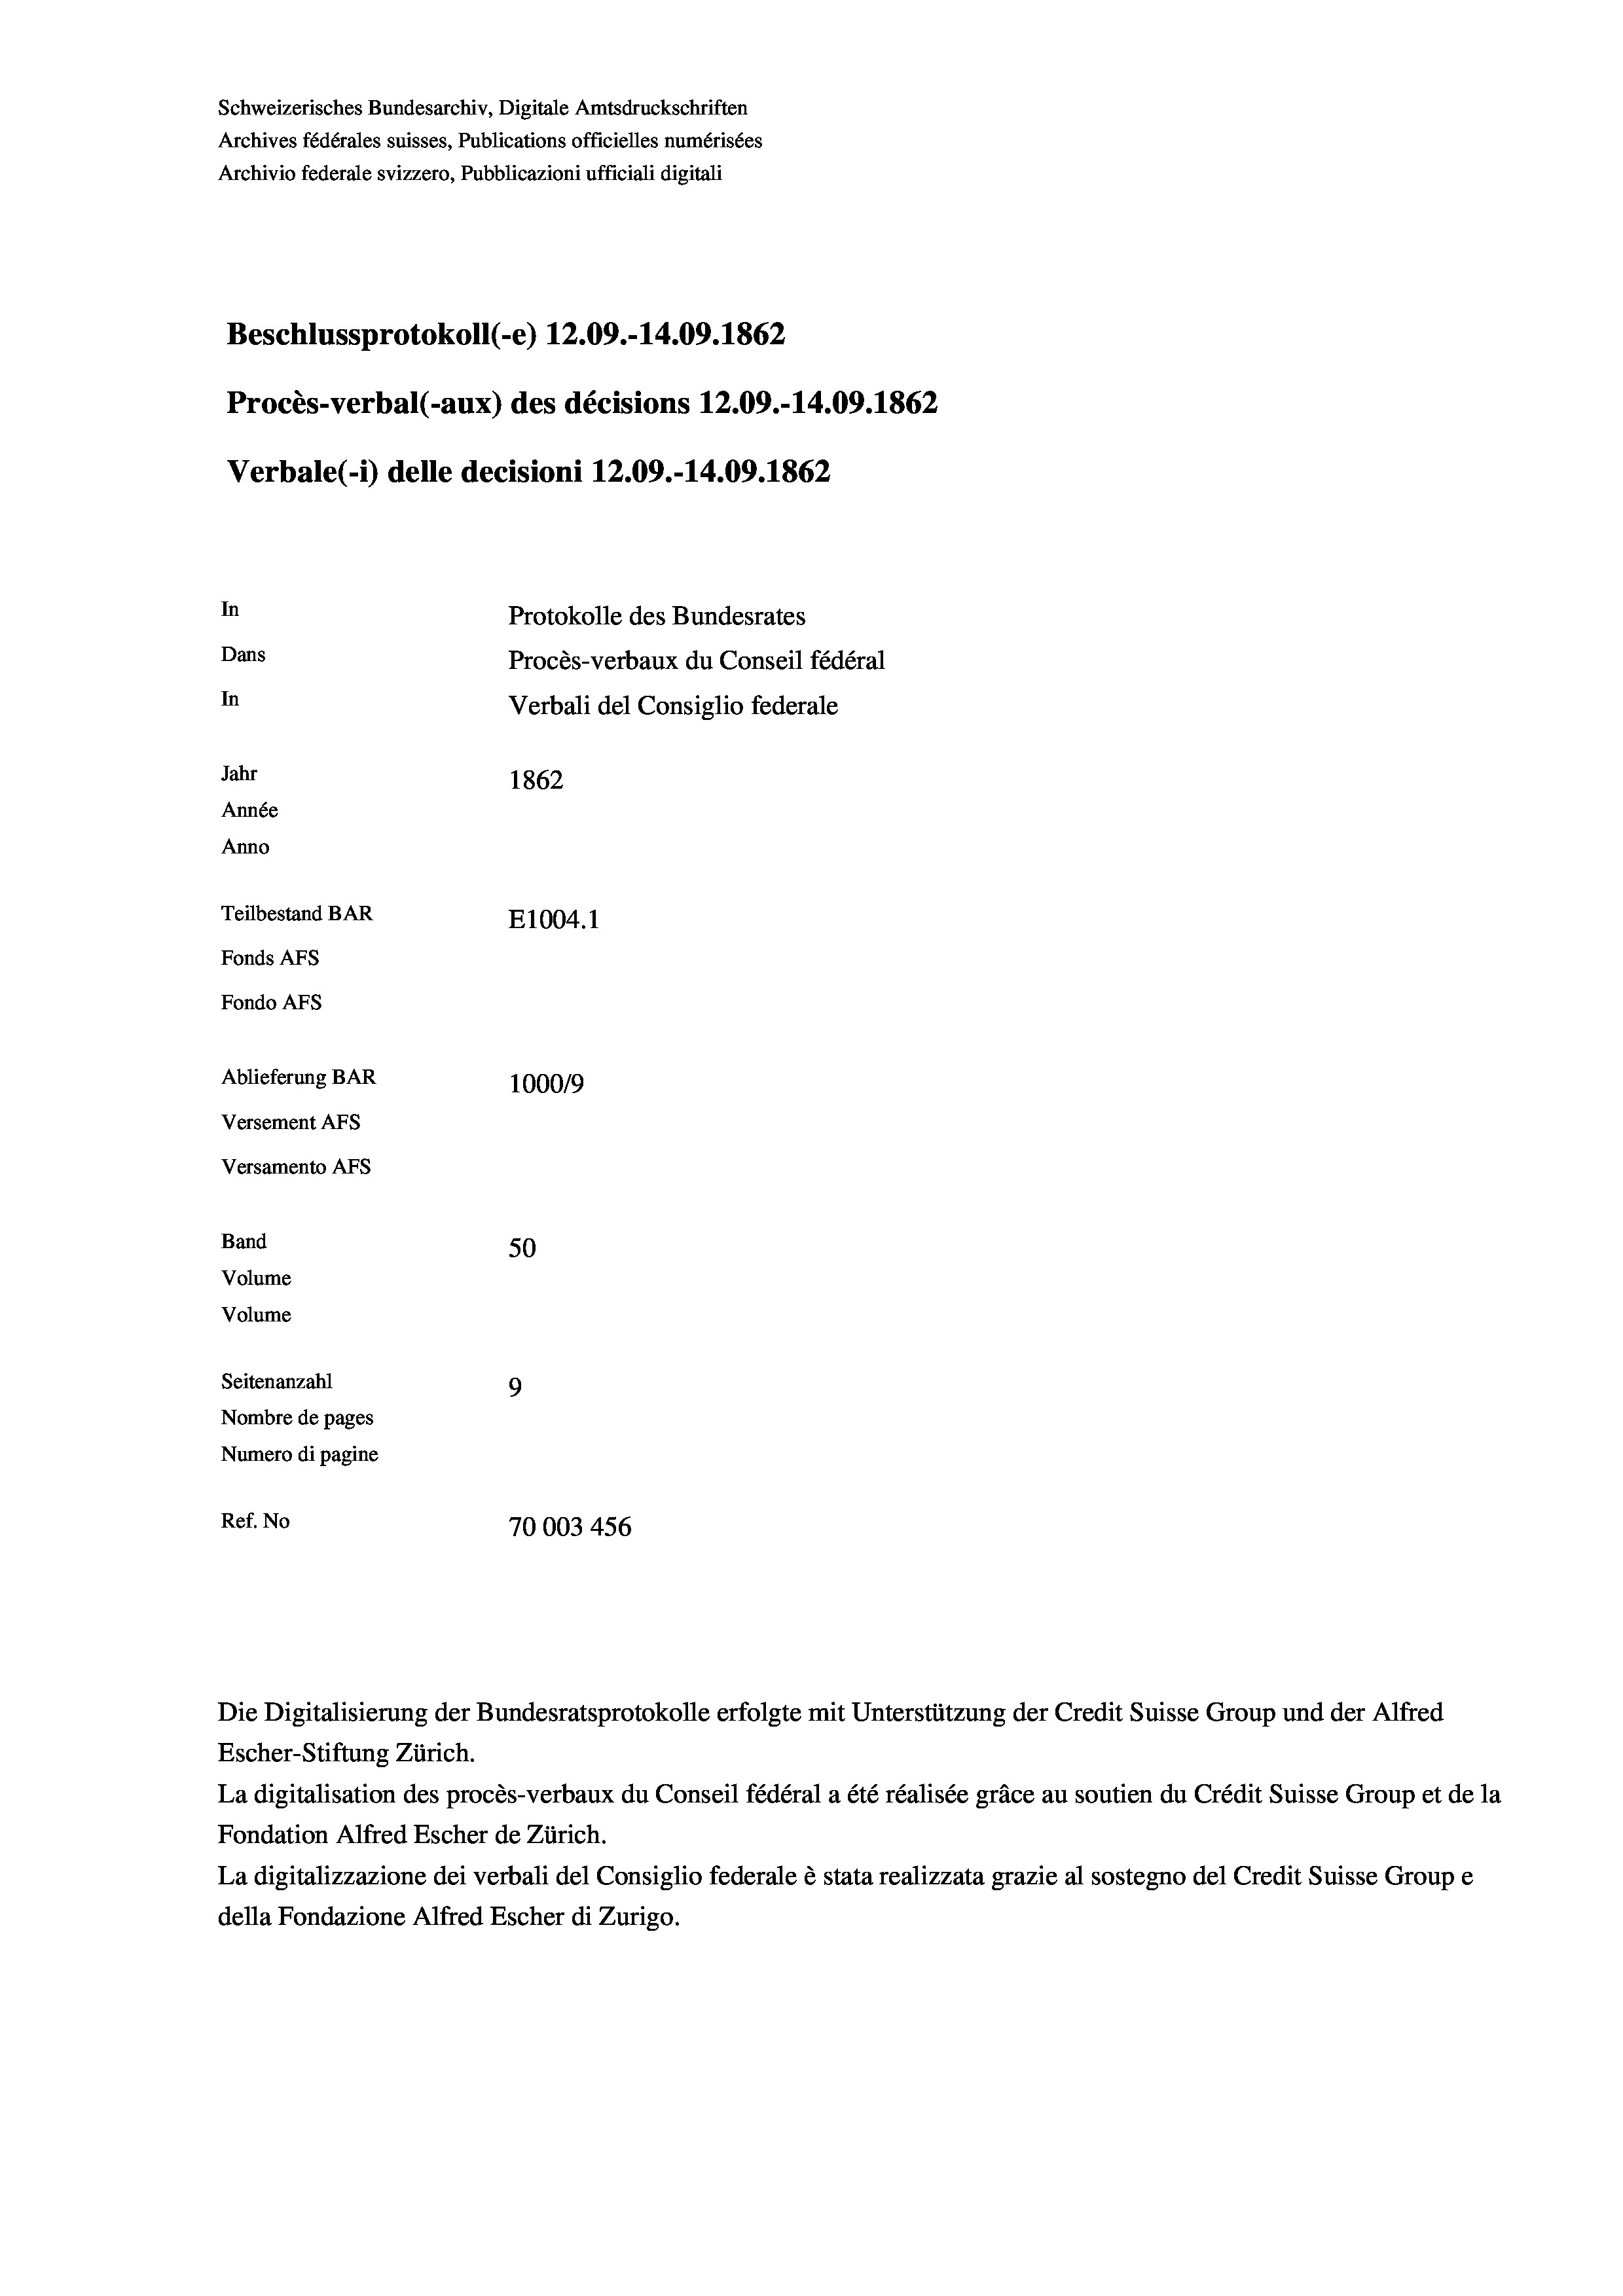
Schweizerisches Bundesarchiv, Digitale Amtsdruckschriften
Archives fédérales suisses, Publications officielles numérisées
Archivio federale svizzero, Pubblicazioni ufficiali digitali
Beschlussprotokoll (-e) 12.09.-14.09. 1862
Procès-verbal (-aux) des décisions 12.09.-14.09. 1862
Verbale (- 1) delle decisioni 12.09.-14.09. 1862
In
Protokolle des Bundesrates
Dans
Procès-verbaux du Conseil fédéral
In
Verbali del Consiglio federale
Jahr
1862
Année
Anno
Teilbestand BAR
E1004.1
Fonds AFs
Fondo AFS
Ablieferung BAR
100019
Versement As
Versamento Afs
Band
50
Volume
Volume

9
Nombre de pages
Numero di pagine
Ref. No
70003 456

Seitenanzahl

Escher-Stiftung Zürich.
La digitalisation des procès-verbaux du Conseil fédéral a été réalisée gräce au soutien du Crédit Suisse Group et de la
Fondation Alfred Escher de Zürich.
La digitalizzazione dei verbali del Consiglio federale è stata realizzata grazie al sostegno del Credit Suisse Groupe
della Fondazione Alfred Escher di Zurigo.

Die Digitalisierung der Bundesratsprotokolle erfolgte mit Unterstützung der Credit Suisse Group und der Alfred